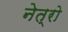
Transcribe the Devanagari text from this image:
नेत्रो